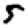
Digit: 5